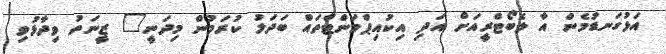
އަޅުގަނޑުމެން އާ ލެބޯޓްރީއަށް އަދި އިކުއިޕްމަންޓްތައް ބަދަލު ކުރަމުން މިދަނީ" ޒީނަތު ވިދާޅުވި